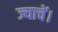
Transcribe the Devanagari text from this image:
ज्याचें।